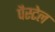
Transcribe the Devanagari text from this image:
पैस्टेल